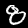
Digit: 8